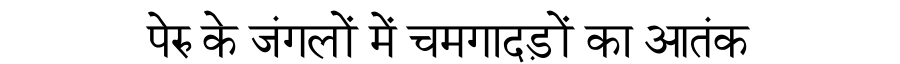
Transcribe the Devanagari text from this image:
पेरु के जंगलों में चमगादड़ों का आतंक